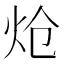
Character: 炝